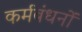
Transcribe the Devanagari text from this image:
कर्मबंधनों